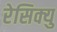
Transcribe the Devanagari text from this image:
रेसिक्यु